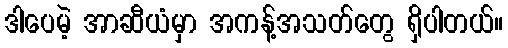
ဒါပေမဲ့ အာဆီယံမှာ အကန့်အသတ်တွေ ရှိပါတယ်။